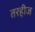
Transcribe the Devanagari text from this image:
तरहीज